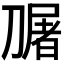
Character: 𭄎